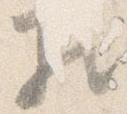
相